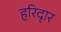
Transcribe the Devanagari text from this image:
हरिदृार